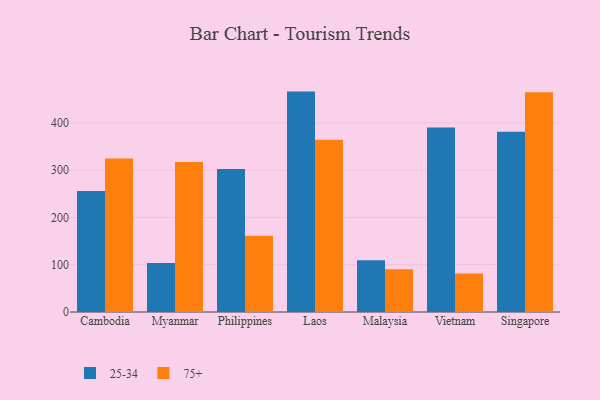
{"axis": {"x": "Country", "y": "Demand Index"}, "legend": ["25-34", "75+"], "data": [{"x": "Cambodia", "y": 256.0, "type": "25-34"}, {"x": "Cambodia", "y": 324.7, "type": "75+"}, {"x": "Myanmar", "y": 103.6, "type": "25-34"}, {"x": "Myanmar", "y": 317.4, "type": "75+"}, {"x": "Philippines", "y": 302.5, "type": "25-34"}, {"x": "Philippines", "y": 161.1, "type": "75+"}, {"x": "Laos", "y": 466.3, "type": "25-34"}, {"x": "Laos", "y": 364.4, "type": "75+"}, {"x": "Malaysia", "y": 109.5, "type": "25-34"}, {"x": "Malaysia", "y": 90.2, "type": "75+"}, {"x": "Vietnam", "y": 390.6, "type": "25-34"}, {"x": "Vietnam", "y": 81.4, "type": "75+"}, {"x": "Singapore", "y": 381.1, "type": "25-34"}, {"x": "Singapore", "y": 464.9, "type": "75+"}]}